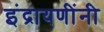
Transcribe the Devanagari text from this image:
इंद्रायणींनी